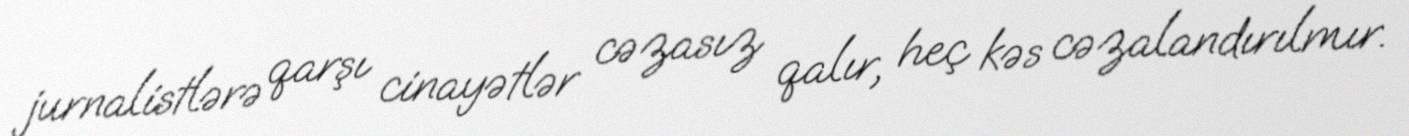
jurnalistlərə qarşı cinayətlər cəzasız qalır, heç kəs cəzalandırılmır.